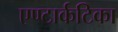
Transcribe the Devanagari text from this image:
एण्टार्कटिका